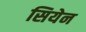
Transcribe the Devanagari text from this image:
सियेन